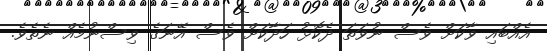
އެއްބައި ވާކަށް ވެސް ނުވަތަ ދެކޮޅު ހަދާކަށް ވެސް އޭނަގެ ވިސްނުމެއް ނެތެވެ.